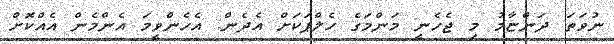
ނުވަތަ ދަންޏާމު މި ޖެހެނީ މަންމަގެ ހެލްޕަކަށް އެދެން. އެހެންވީމަ އެންމެން އެއްކޮށް